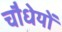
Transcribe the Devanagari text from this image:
चौधेयों